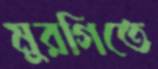
মুরগিতে